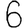
Digit: 6